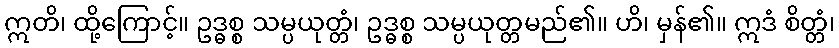
ဣတိ၊ ထို့ကြောင့်။ ဥဒ္ဓစ္စ သမ္ပယုတ္တံ၊ ဥဒ္ဓစ္စ သမ္ပယုတ္တမည်၏။ ဟိ၊ မှန်၏။ ဣဒံ စိတ္တံ၊